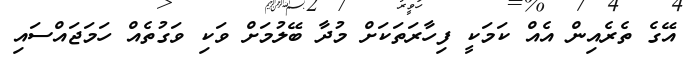
އޭގެ ތެރެއިން އެއް ކަމަކީ ފިހާރަތަކަށް މުދާ ބޭލުމަށް ވަކި ވަގުތެއް ހަމަޖައްސައި